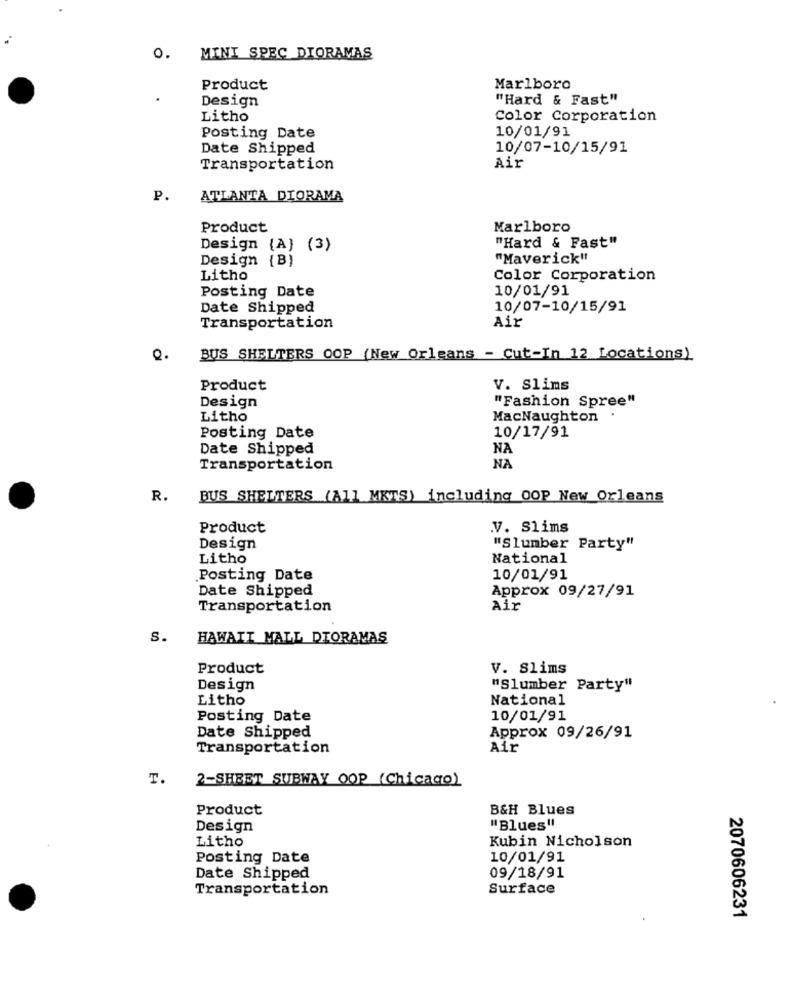
O.
MINI SPEC DIORAMAS
Product
Marlboro
Design
"Hard & Fast"
Litho
Color Corporation
10/01/91
Posting Date
Date Shipped
10/07-10/15/91
Transportation
Air
P.
ATLANTA DIORAMA
Product
Marlboro
Design {A} (3)
"Hard & Fast"
Design (B)
"Maverick"
Litho
Color Corporation
10/01/91
Posting Date
Date Shipped
10/07-10/15/91
Air
Transportation
Q.
BUS SHELTERS OOP (New Orleans - Cut-In 12 Locations)
Product
V. Slims
Design
"Fashion Spree"
Litho
MacNaughton .
10/17/91
Posting Date
Date Shipped
NA
Transportation
NA
R.
BUS SHELTERS (All MKTS) including OOP New Orleans
Product
V. Slims
Design
"Slumber Party"
Litho
National
Posting Date
10/01/91
Date Shipped
Approx 09/27/91
Transportation
Air
S.
HAWAIT MALL DIORAMAS
Product
V. Slims
Design
"Slumber Party"
Litho
National
Posting Date
10/01/91
Date Shipped
Approx 09/26/91
Transportation
Air
T.
2-SHEET SUBWAY OOP (Chicago)
Product
B&H Blues
Design
"Blues"
Litho
Kubin Nicholson
Posting Date
10/01/91
Date Shipped
09/18/91
Transportation
Surface
2070606231